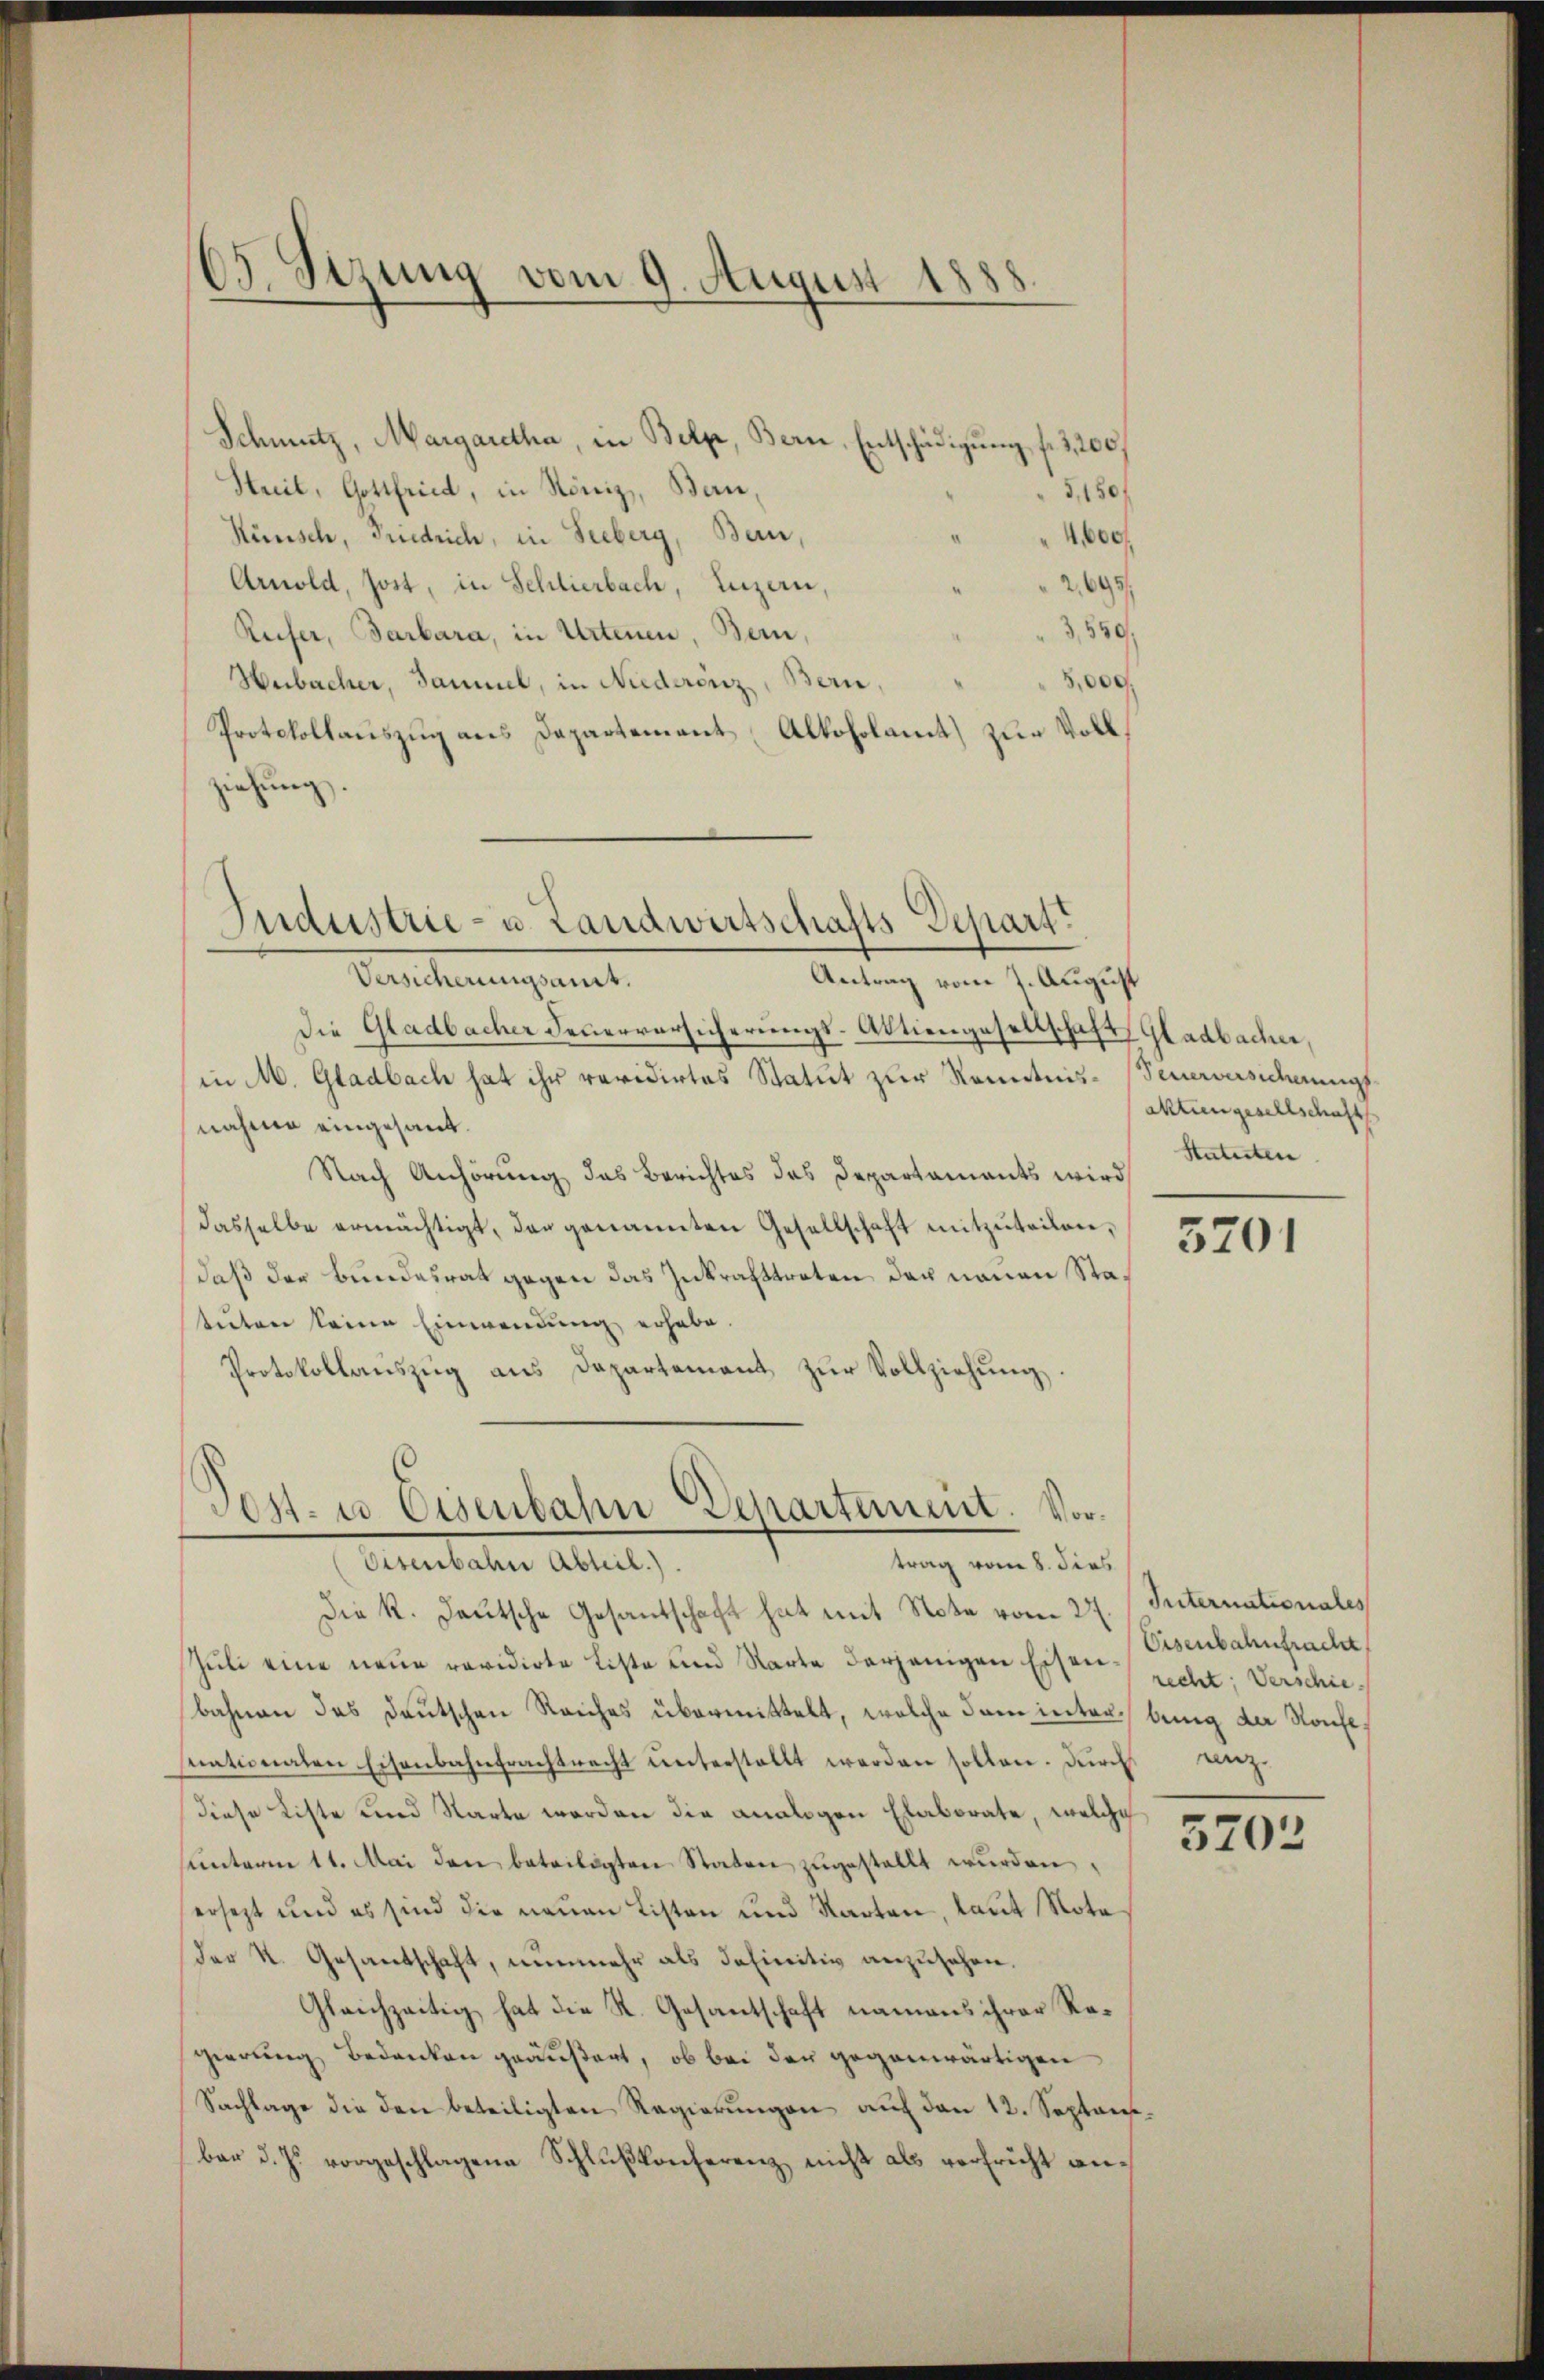
65. Sizung vom 9. August 188

Schmutz, Margaretha, in Belp, Bern, Entschädigung f. 2,200,
Streit, Gottfried, in Röniz, Bern,
5,180/
Hünsch, Friedrich, in Seeberg, Bern,
4600
Arnold, Jost, in Schlierbach, Luzern,
2,695/
3,550,
Reifer, Barbara, in Artenen, Bern,
5,000.
Heibacher, Sammel, in Niederenz, Bern,
Protokollauszug aus Departement Alkoholamt zur Vollziehung.

Industrie- u. Landwirtschafts-Depart

Versicherungsant.
Antrag vom 7. August
Die Gladbacher Feuerversicherungs-Aktiengesellschaft Gladbacher,
in M. Gladbach hat ihr revidirtes Statut zur Kenntnis-Feuerversicherungsnahme eingesant.
Nach Anhörung das Berichtes das Departaments wird
dasselbe ermächtigt, das genannten Gesellschaft mitzŭteilen,
daß der Bundesrat gegen das Inkrafttreten der neuen Statuten keine Einwendung erhabe.
Protokollauszug aus Departement zur Vollziehung.

Post- u Eisenbahn Departement. Vortrag vom 8. dies
Eisenbahn Abteil.).

die K. Deutsche Gesantschaft hat mit Note vom 22. Internationales
Juli eine neue revidirte Liste und Karte derjenigen Eisenrecht, Verschiebahnen des deutschen Reiches übermittelt, welche dann interbung der Rouse,
stationaten Eisenbahntrachtracht ŭnterstellt werden sollen. Durch weg.
diese Liste und Starte werden die analogen Elaborate, welche
sunterm 11. Mai den beteiligten Staten zugestellt wurden,
ersezt und es sind die neuen Listen und Karten, laut Nota
Der St. Gesantschaft, nunmehr als definitiv anzusehen.
Gleichzeitig hat die K. Gesantschaft namens ihrer Regierung bedanken geäußert, ob bei der gegenwärtigen
Sachlage die den beteiligten Regierŭngen auf den 12. Septembar d. Js. vorgeschlagene Schlußkonferenz nicht als verfricht an¬

aktiengesellschafts
Statuten

5201

Eisenbahnfracht

5203